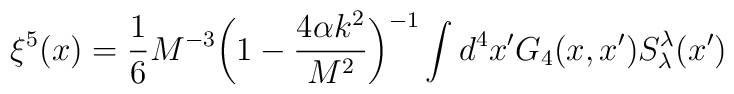
\xi^5(x)=\frac{1}{6}M^{-3}\bigg(1-\frac{4\alpha k^2}{M^2}\bigg)^{-1}\int d^4 x^\prime G_4(x,x^\prime)S_\lambda^\lambda (x^\prime)